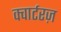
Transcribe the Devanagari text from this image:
क्वार्टरज़